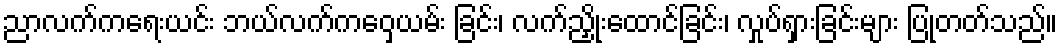
ညာလက်ကရေးယင်း ဘယ်လက်ကဝှေ့ယမ်း ခြင်း၊ လက်ညှိုးထောင်ခြင်း၊ လှုပ်ရှားခြင်းများ ပြုတတ်သည်။